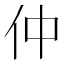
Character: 仲